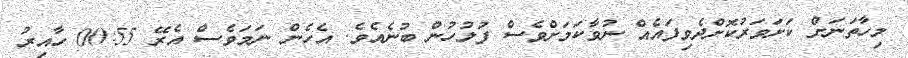
މިހާތަނަށް ކަށަވަރުކޮށްދެވިފައެއް ނުވާކަމަށްވެސް ފުލުހުން ބުނެއެވެ. އެހެން ނަމަވެސް އެރޭ 00:55 ހާއިރު